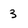
Character: 3